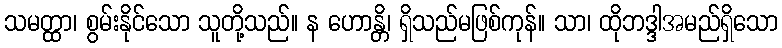
သမတ္ထာ၊ စွမ်းနိုင်သော သူတို့သည်။ န ဟောန္တိ၊ ရှိသည်မဖြစ်ကုန်။ သာ၊ ထိုဘဒ္ဒါအမည်ရှိသော